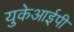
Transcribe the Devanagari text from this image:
युकेआईपी